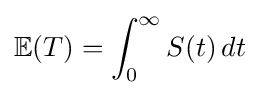
\mathbb {E} (T)=\int _{0}^{\infty }S(t)\,dt